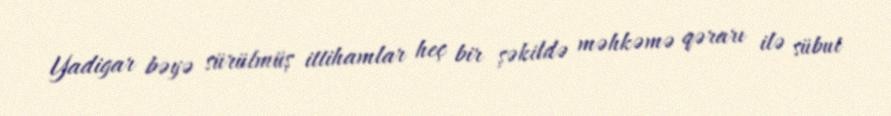
Yadigar bəyə sürülmüş ittihamlar heç bir şəkildə məhkəmə qərarı ilə sübut